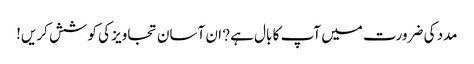
مدد کی ضرورت میں آپ کا بال ہے? ان آسان تجاویز کی کوشش کریں!